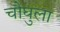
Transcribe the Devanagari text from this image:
चौघुला